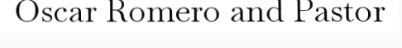
Oscar Romero and Pastor